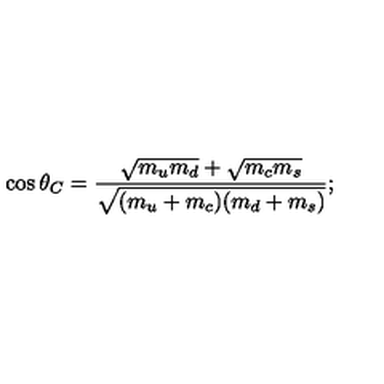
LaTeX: \cos \theta _ { C } = \frac { \sqrt { m _ { u } m _ { d } } + \sqrt { m _ { c } m _ { s } } } { \sqrt { ( m _ { u } + m _ { c } ) ( m _ { d } + m _ { s } ) } } ;